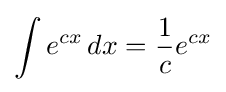
\int e^{cx}\,dx={\frac {1}{c}}e^{cx}